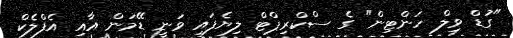
"ގުޑް ވިލް ހަންޓިން" ގެ ސްކްރިޕްޓް ލިޔެފައި ވަނީ ޑޭމަން އާއި އެފްލެކް